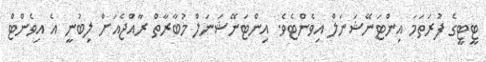
ޓީޓީގެ ފުރަތަމަ އިންޓަނޭޝަނަލް އިވެންޓެވެ. އިންޓަނޭޝަނަލް މުބާރާތް ރާއްޖެއަށް ލިބުނީ އެ އިވެންޓް